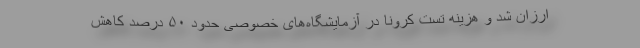
ارزان شد و هزینه تست کرونا در آزمایشگاه‌های خصوصی حدود ۵۰ درصد کاهش